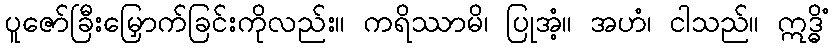
ပူဇော်ခြီးမြှောက်ခြင်းကိုလည်း။ ကရိဿာမိ၊ ပြုအံ့။ အဟံ၊ ငါသည်။ ဣဒ္ဓိံ